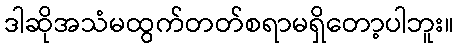
ဒါဆိုအသံမထွက်တတ်စရာမရှိတော့ပါဘူး။